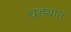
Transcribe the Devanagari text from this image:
धड्यात